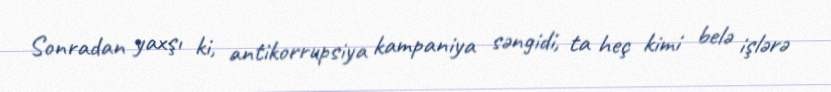
Sonradan yaxşı ki, antikorrupsiya kampaniya səngidi, ta heç kimi belə işlərə